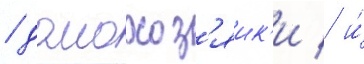
/ домохоз'яик'и / и́